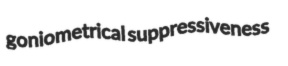
goniometrical suppressiveness